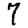
Digit: 7